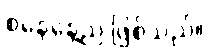
စနေနေ့ည ဖြစ်သည်။